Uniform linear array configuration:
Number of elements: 4
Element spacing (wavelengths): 1
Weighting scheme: binomial
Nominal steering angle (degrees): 45
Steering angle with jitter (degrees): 45.325
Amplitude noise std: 0.05
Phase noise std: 0.05

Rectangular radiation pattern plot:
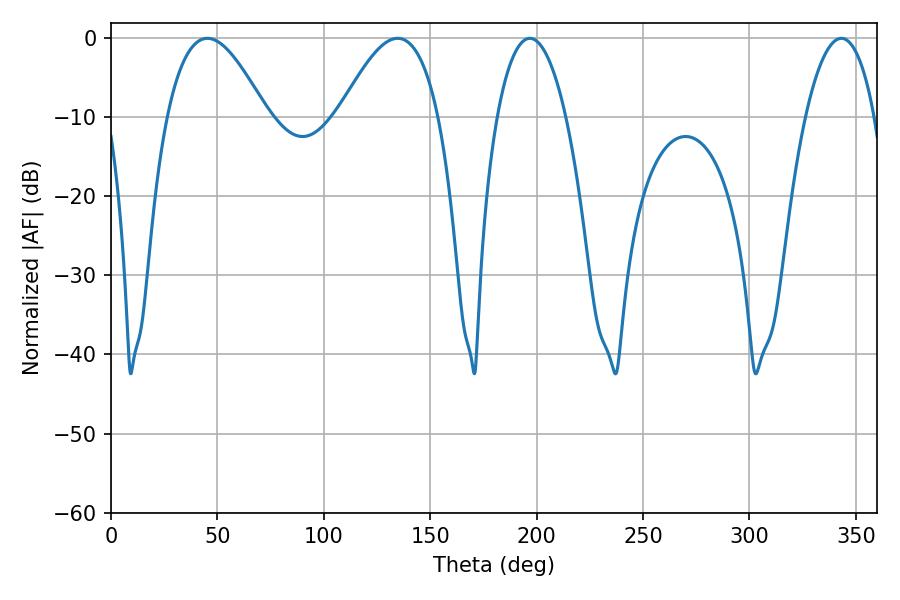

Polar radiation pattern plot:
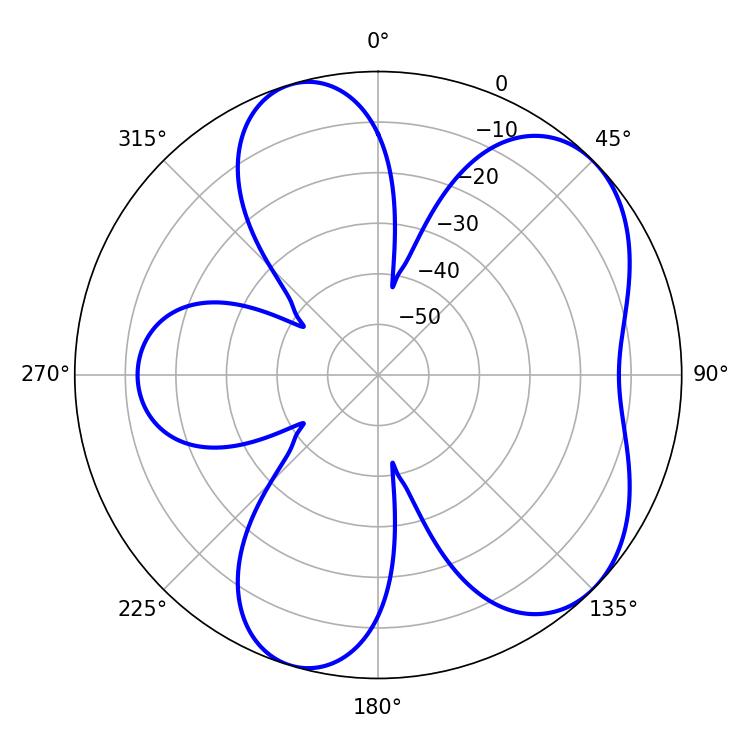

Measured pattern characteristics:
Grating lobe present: TRUE
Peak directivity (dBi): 5.968
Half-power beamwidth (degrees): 25.38
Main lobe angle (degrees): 45.36